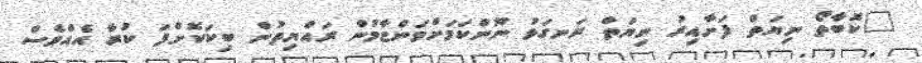
"ކޮބާތޯ ނިޔަތް ފަށާއިރު ނިޔަތް ރަނގަޅު ނޫންކަމަށްވަންޏާމުން ރައްޔިތުން ބިކަކޮށްފަ ކުރާ އެއްވެސް